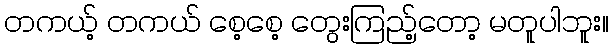
တကယ့် တကယ် စေ့စေ့ တွေးကြည့်တော့ မတူပါဘူး။